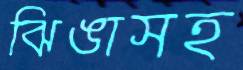
ঝিঙাসহ